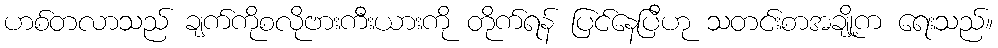
ဟစ်တလာသည် ချက်ကိုစလိုဗားကီးယားကို တိုက်ရန် ပြင်နေပြီဟု သတင်းစာအချို့က ရေးသည်။